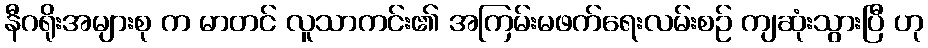
နီဂရိုးအများစု က မာတင် လူသာကင်း၏ အကြမ်းမဖက်ရေးလမ်းစဉ် ကျဆုံးသွားပြီ ဟု